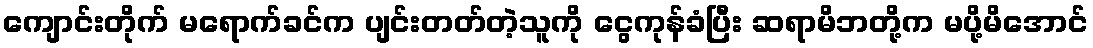
ကျောင်းတိုက် မရောက်ခင်က ပျင်းတတ်တဲ့သူကို ငွေကုန်ခံပြီး ဆရာမိဘတို့က မပို့မိအောင်